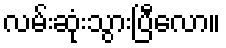
လမ်းဆုံးသွားပြီလော။